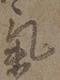
気